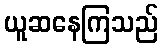
ယူဆနေကြသည်